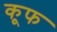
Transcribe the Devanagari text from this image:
कूफ